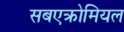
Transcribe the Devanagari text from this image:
सबएक्रोमियल